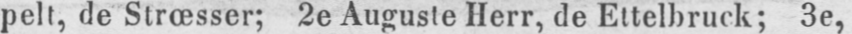
pelt, de Strœsser; 2e Auguste Herr, de Ettelbruck; 3e,